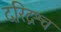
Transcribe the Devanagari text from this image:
दरिद्रश्च